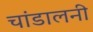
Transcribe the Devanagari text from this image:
चांडालनी